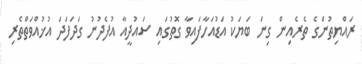
ރައްޔިތުންގެ ތެރެއިން ގިނަ ބަޔަކު އަޑުއަހާފައިވާ ގޮތުގައި ސައުދީއާ އުފެދުނު ގަދަފަދަ އުޚުއްވަތްތެރި